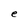
Character: e